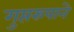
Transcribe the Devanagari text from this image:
गुप्तरुपाने